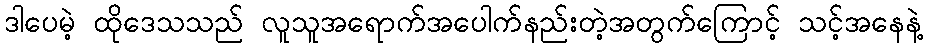
ဒါပေမဲ့ ထိုဒေသသည် လူသူအရောက်အပေါက်နည်းတဲ့အတွက်ကြောင့် သင့်အနေနဲ့